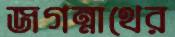
জগন্নাথের